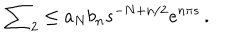
\sum _ { 2 } \leq a _ { N } b _ { n } s ^ { - N + n / 2 } e ^ { n \pi s } \, .